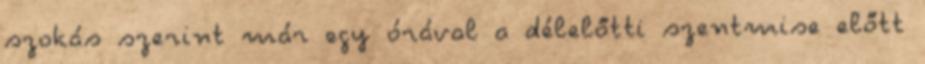
szokás szerint már egy órával a délelőtti szentmise előtt